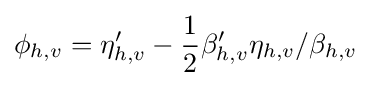
\phi _{h,v}=\eta '_{h,v}-{\frac {1}{2}}\beta '_{h,v}\eta _{h,v}/\beta _{h,v}